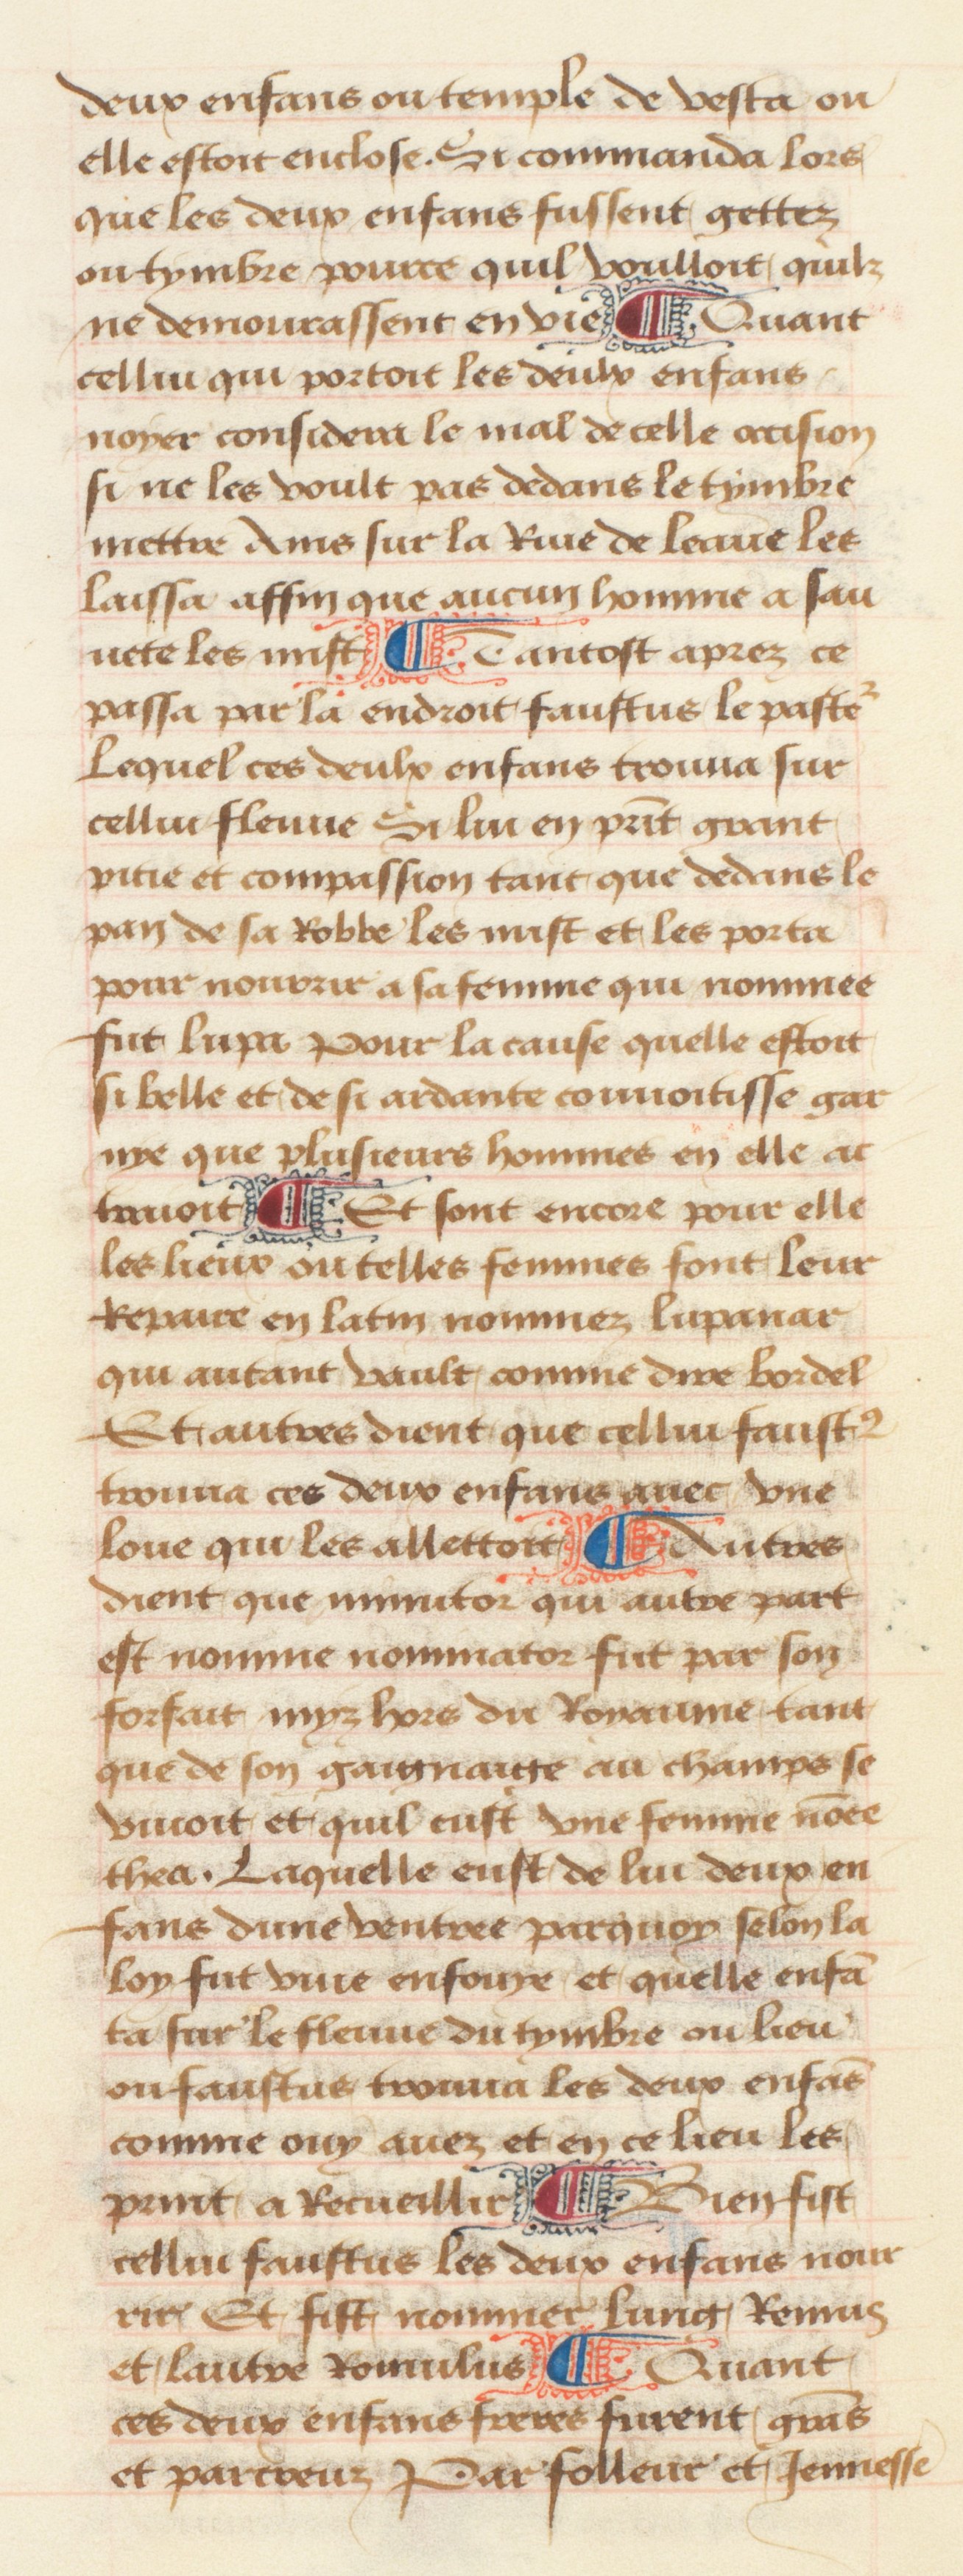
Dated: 1457–1482